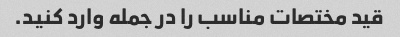
قید مختصات مناسب را در جمله وارد کنید.